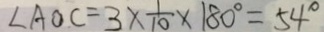
\angle A O C = 3 \times \frac { 1 } { 1 0 } \times 1 8 0 ^ { \circ } = 5 4 ^ { \circ }